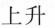
上升